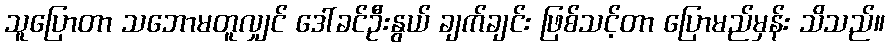
သူပြောတာ သဘောမတူလျှင် ဒေါ်ခင်ဦးနွယ် ချက်ချင်း ဖြစ်သင့်တာ ပြောမည်မှန်း သိသည်။